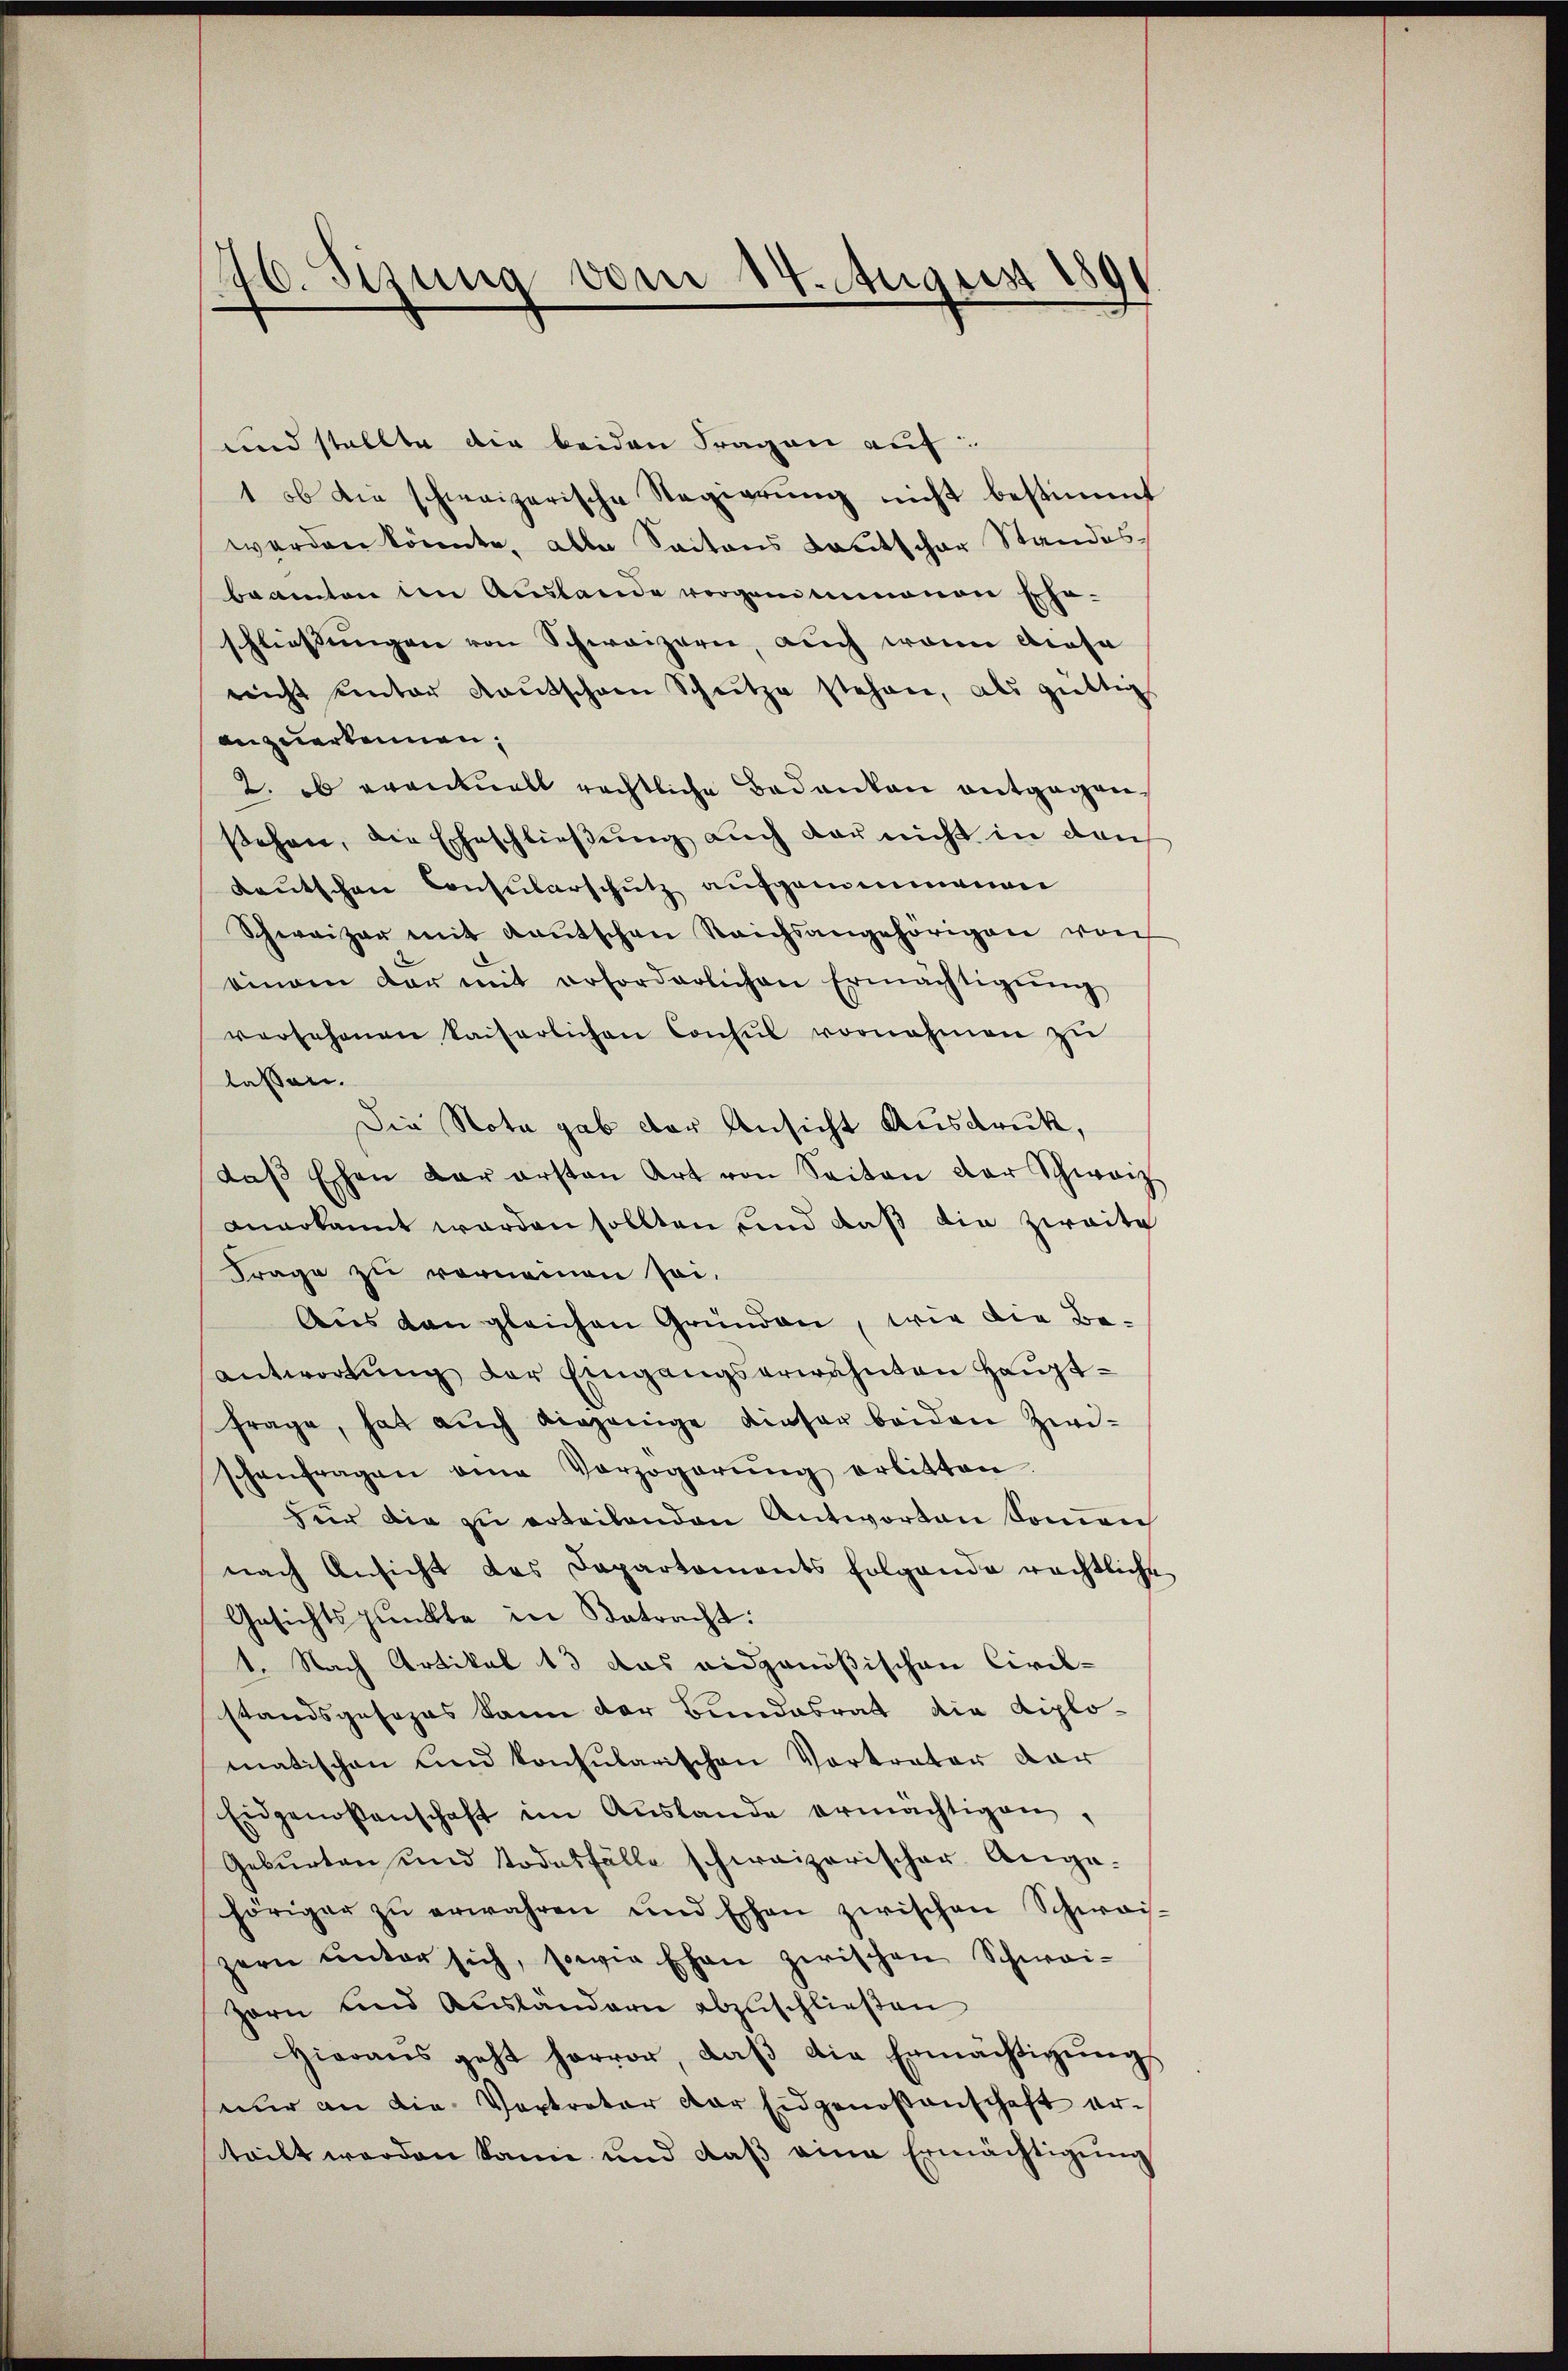
146. Sisung vom 14. August 181

und stellte die beiden Fragen auf:
1 ob die schweizerische Regierŭng nicht bestimmt
werden könnte, alle Saitens daritschar Standesbeamten den Auslande vorgen innenen scho-
schliessungen von Schweizern, auch wenn diese
reicht unter Kaŭtschen Schutze stehen, als gültig
anzuerkennen,
2. ob eventuell rechtliche Bedanken entgegen,
stehen, die Eheschließung auch der nicht in den
Kaŭtschen Consularschutz aufgenommenen
Schweizer mit Kautschen Reichsangehörigen von
einam dar mit erforderlichen Ermächtigŭng
versehenen kaiserlichen Consul vornahmen zŭ
lassen.
Die Nota gab der Ansicht Ausdruck,
daβ Eschen der ersten Art von Seiten der Schweiz
anerkannt worden sollten und daß die zweite
Frage zu vorneinen sei.
Aus den gleichen Gründen, wie die Beantwortŭng der Eingangserwähnten Hauptfrage, hat aŭch diejenige dieser beiden Zwischenfragen eine Verzögerŭng erlitten.
für die zu erteilenden Antworten Sonrec
nach Ansicht des Departaments folgende rechtliche
Gesichtspunkte in Betracht:
1. Nach Artikel 13 das eidgenößischen Civil-
standsgesezes kann der Bundesrat die Diplomatischen und konsularischen Vortrater dar
Eidgenossenschaft im Aŭslande ermächtigen,
Geburten und Todesfälle schweizerischer Ange-
höriger zŭ erwahren und Eschen zwischen Schwai-
zern ŭnter sich, sowie Ehen zwischen Schwai-
Zorn und Ausländern abzuschließen
Hieraus geht hervor, daβ die Ermächtigŭngs
nur an die Vertreter der Eidgenoßenschaft er-
teilt werden kann und daß eine Ermächtigung